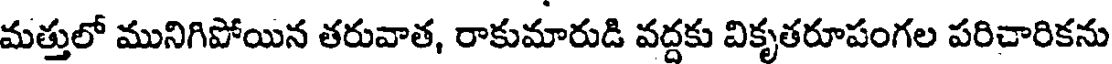
మత్తులో మునిగిపోయిన తరువాత, రాకుమారుడి వద్దకు వికృతరూపంగల పరిచారికను